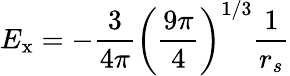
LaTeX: E_{\mathrm{x}}=-\frac{3}{4\pi}\bigg(\frac{9\pi}{4}\bigg)^{1/3}\frac{1}{r_{s}}